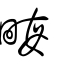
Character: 畮